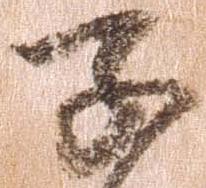
子